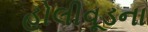
હોલીવૂડના